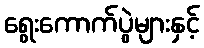
ရွေးကောက်ပွဲများနှင့်